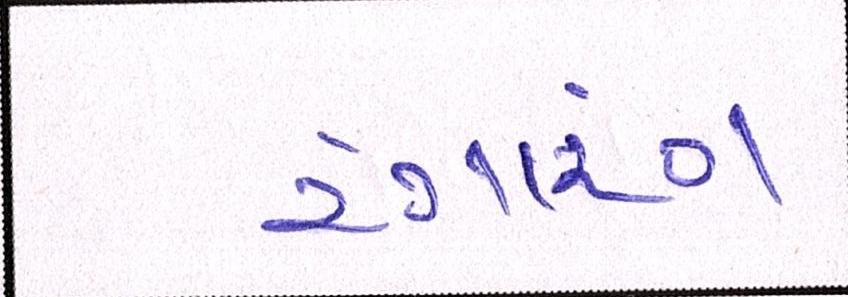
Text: રંગારંગ